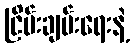
ငြိမ်းချမ်းရေးနဲ့